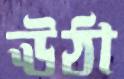
ঊঠা